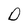
Character: D